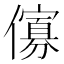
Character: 𠏶